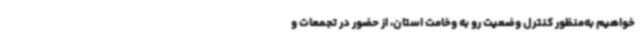
خواهیم به‌منظور کنترل وضعیت رو به وخامت استان، از حضور در تجمعات و